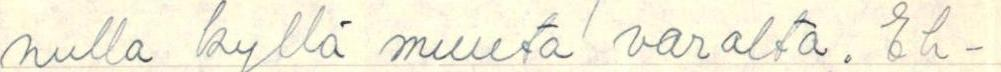
nulla kyllä muuta varalta. Eh-